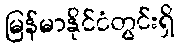
မြန်မာနိုင်ငံတွင်းရှိ